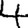
Digit: 4